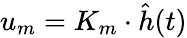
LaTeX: u_{m}=K_{m}\cdot\hat{h}(t)